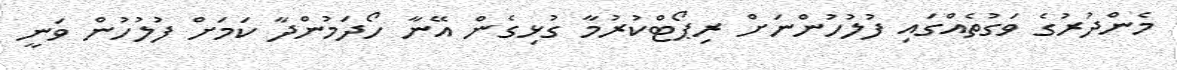
މެންދުރުގެ ވަގުތެއްގައި ފުލުހުންނަށް ރިޕޯޓްކުރުމާ ގުޅިގެން އޭނާ ހޯދަމުންދާ ކަމަށް ފުލުހުން ވަނީ